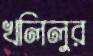
খলিলুর